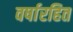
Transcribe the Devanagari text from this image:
वर्षारहित